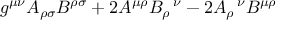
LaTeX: g ^ { \mu \nu } A _ { \rho \sigma } B ^ { \rho \sigma } + 2 A ^ { \mu \rho } B _ { \rho } ^ { \; \; \; \nu } - 2 A _ { \rho } ^ { \; \; \; \nu } B ^ { \mu \rho }